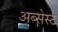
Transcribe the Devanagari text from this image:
अब्सेस्ट